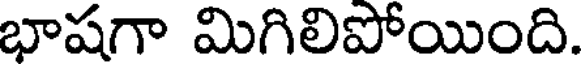
భాషగా మిగిలిపోయింది.